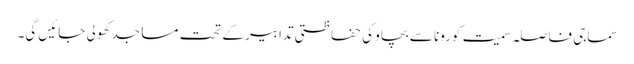
سماجی فاصلہ سمیت کورونا سے بچاوَ کی حفاظتی تدابیر کے تحت مساجد کھولی جائیں گی۔